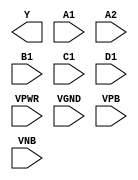
module sky130_fd_sc_hd__o2111ai (
    Y   ,
    A1  ,
    A2  ,
    B1  ,
    C1  ,
    D1  ,
    VPWR,
    VGND,
    VPB ,
    VNB
);

    output Y   ;
    input  A1  ;
    input  A2  ;
    input  B1  ;
    input  C1  ;
    input  D1  ;
    input  VPWR;
    input  VGND;
    input  VPB ;
    input  VNB ;
endmodule